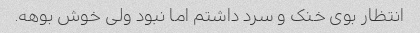
انتظار بوی خنک و سرد داشتم اما نبود ولی خوش بوهه.